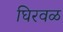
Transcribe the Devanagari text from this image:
घिरवळ